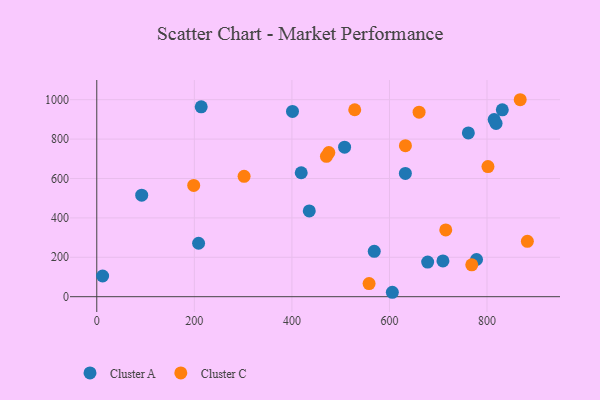
{"axis": {"x": "Engine Size", "y": "Rating"}, "legend": ["Cluster A", "Cluster C"], "data": [{"x": "92.1", "y": 515.5, "type": "Cluster A"}, {"x": "508.0", "y": 759.0, "type": "Cluster A"}, {"x": "778.5", "y": 188.8, "type": "Cluster A"}, {"x": "401.2", "y": 940.3, "type": "Cluster A"}, {"x": "814.6", "y": 899.0, "type": "Cluster A"}, {"x": "208.7", "y": 271.4, "type": "Cluster A"}, {"x": "435.6", "y": 435.4, "type": "Cluster A"}, {"x": "709.6", "y": 181.3, "type": "Cluster A"}, {"x": "214.1", "y": 963.9, "type": "Cluster A"}, {"x": "419.1", "y": 629.3, "type": "Cluster A"}, {"x": "632.6", "y": 625.8, "type": "Cluster A"}, {"x": "12.0", "y": 105.0, "type": "Cluster A"}, {"x": "818.5", "y": 879.8, "type": "Cluster A"}, {"x": "605.9", "y": 22.4, "type": "Cluster A"}, {"x": "761.7", "y": 831.3, "type": "Cluster A"}, {"x": "678.3", "y": 175.9, "type": "Cluster A"}, {"x": "568.8", "y": 230.3, "type": "Cluster A"}, {"x": "831.3", "y": 948.6, "type": "Cluster A"}, {"x": "475.7", "y": 731.7, "type": "Cluster C"}, {"x": "882.7", "y": 281.2, "type": "Cluster C"}, {"x": "768.7", "y": 161.8, "type": "Cluster C"}, {"x": "801.9", "y": 660.4, "type": "Cluster C"}, {"x": "660.7", "y": 936.5, "type": "Cluster C"}, {"x": "198.7", "y": 564.9, "type": "Cluster C"}, {"x": "302.0", "y": 610.8, "type": "Cluster C"}, {"x": "528.8", "y": 948.9, "type": "Cluster C"}, {"x": "470.8", "y": 712.7, "type": "Cluster C"}, {"x": "558.2", "y": 66.8, "type": "Cluster C"}, {"x": "715.4", "y": 338.9, "type": "Cluster C"}, {"x": "632.7", "y": 766.4, "type": "Cluster C"}, {"x": "868.0", "y": 999.9, "type": "Cluster C"}]}